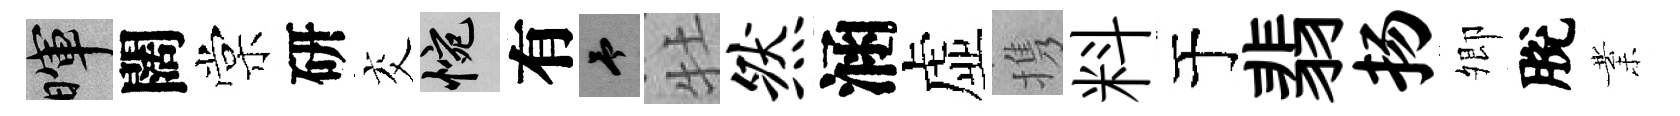
暉闊棠研交惋有予牡然涵虚携料于翡扬𡖖脫業